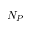
N _ { P }